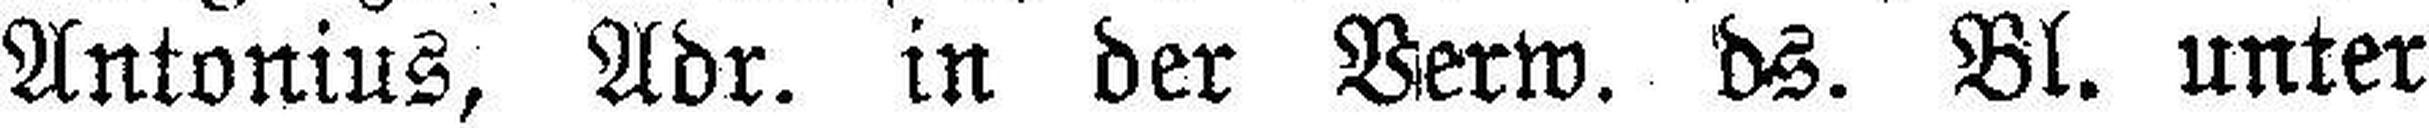
Antonius, Adr. in der Verw. ds. Bl. unter